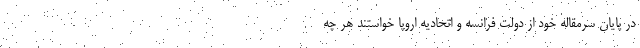
در پایان سرمقاله خود از دولت فرانسه و اتحادیه اروپا خواستند هر چه